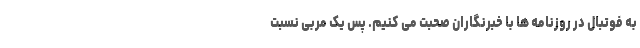
به فوتبال در روزنامه ها با خبرنگاران صحبت می کنیم. پس یک مربی نسبت